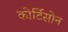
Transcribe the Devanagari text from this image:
कोर्टिसोन